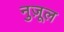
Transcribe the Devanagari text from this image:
नुज़ूल